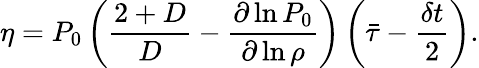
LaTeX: \eta=P_{0}\left(\frac{2+D}{D}-\frac{\partial\ln P_{0}}{\partial\ln\rho}\right)\left(\bar{\tau}-\frac{\delta t}{2}\right).